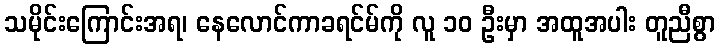
သမိုင်းကြောင်းအရ၊ နေလောင်ကာခရင်မ်ကို လူ ၁၀ ဦးမှာ အထူအပါး တူညီစွာ